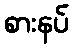
စားနပ်